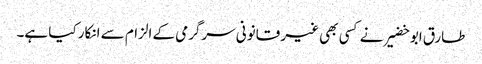
طارق ابو خضیر نے کسی بھی غیر قانونی سرگرمی کے الزام سے انکار کیا ہے۔